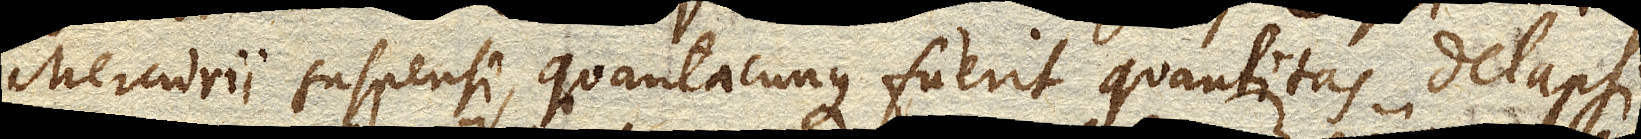
Mercurii suspensi, quantacunque fuerit quantitas delapsi.